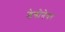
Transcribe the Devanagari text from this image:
डेबोनेयर